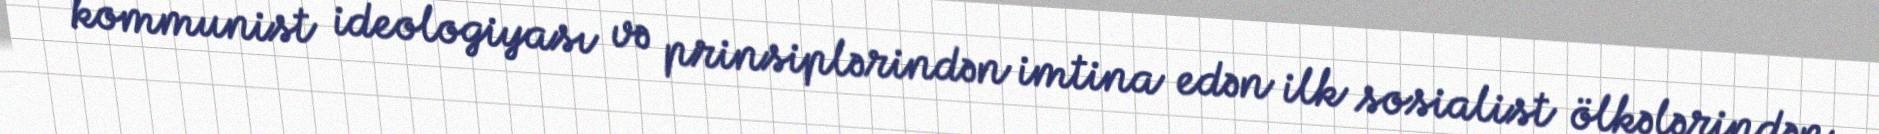
kommunist ideologiyası və prinsiplərindən imtina edən ilk sosialist ölkələrindən